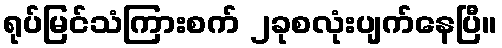
ရုပ်မြင်သံကြားစက် ၂ခုစလုံးပျက်နေပြီ။